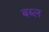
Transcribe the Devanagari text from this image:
बब्ल